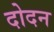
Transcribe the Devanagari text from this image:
दोदन